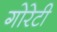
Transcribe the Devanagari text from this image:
गोरेटी